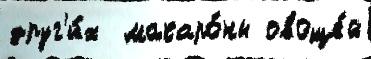
друг'и́х  макаро́ны овоще́й